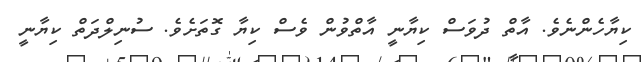
ކިޔާހެންނެވެ. އާތް ދުވަސް ކިޔާނީ އާތްވުން ވެސް ކިޔާ ގޮތަށެވެ. ސުނިލްދަތް ކިޔާނީ